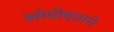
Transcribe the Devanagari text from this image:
खरेदीदाराने